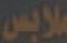
ملابس